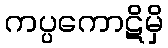
ကပ္ပကောဋိမှိ